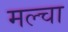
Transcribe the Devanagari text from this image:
मल्‍चा